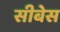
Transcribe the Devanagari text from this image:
सीबेस